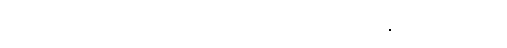
ရေနက်တဲ့ နေရာတွေမှာ ရေချိုးကြတာကိုလည်း ရှောင်ကျဉ်ကြပါ။